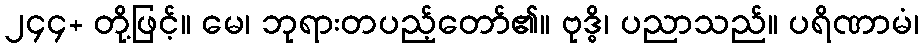
၂၄၄+ တို့ဖြင့်။ မေ၊ ဘုရားတပည့်တော်၏။ ဗုဒ္ဓိ၊ ပညာသည်။ ပရိဏာမံ၊